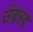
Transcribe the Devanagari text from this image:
उंब्ररद्द